Calcutta medical institutions reports 1892-1900
Year: 1892
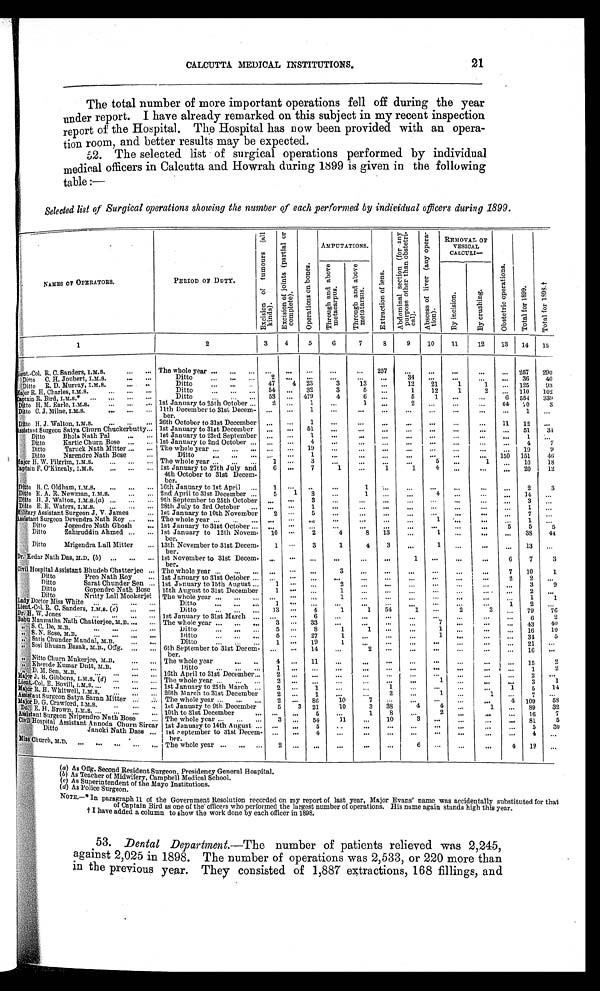
CALCUTTA MEDICAL INSTITUTIONS.
21
The total number of more important operations fell off during the year
under report. I have already remarked on this subject in my recent inspection
report of the Hospital. The Hospital has now been provided with an opera-
tion room, and better results may be expected.
52. The elected list of surgical operations performed by individual
medical officers in Calcutta and Howrah during 1899 is given in the following
table :—
S e l e c t e d l i s t o f S u r g i c a l o p e r a t i o n s s h o w i n g t h e n u m b e r o f e a c h p e r f o r m e d b y i n d i v i d u a l o f f i c e r s d u r i n g 1 8 9 9 .
NAMES OF OPERATORS.
PERIOD OF DUTY.
E x c i s i o n o f t u m o u r s ( a l l k i n d s ) .
E x c i s i o n o f j o i n t s . ( p a r t i a l o f c o m p l e t e ) .
O p e r a t i o n s o n b o n e s .
AMPUTATIONS.
E x t r a c t i o n o f l e n s .
A b d o m i n a l s e c t i o n ( f o r a n y p u r p o s e o t h e r t h a n o b s t e t r i c a l ) .
A b s c e s s o f l i v e r ( a n y o p e r a t i o n s ) .
REMOVAL OF
VESICAL
CALCULI—
O b s t e t r i c o p e r a t i o n s .
T o t a l f o r 1 8 9 9 .
T o t a l f o r 1 8 9 8 . †
T h r o u g h a n d a b o v e m e t a c a r p u s .
T h r o u g h a n d a b o v e m e t a t a r s u s .
B y i n c i s i o n .
By c r u s h i n g .
1
2
3
4
5
6
7
8
9
10
11
12
13 14 15
L i e n t . - C o l . R . C . S a n d e r s , I . M . S . . . . . . .
The whole year
... ...
...
. . .
. . .
. . . ...
... 257
. . .
. . . .
. . .
. . .
... 257 290
Ditto C. H. Joubert, I.M.S. ... ...
Ditto
... ... ...
2
. . .
. . .
. . .
...
...
3 4 ...
. . .
. . . ...
3 6 40
Ditto R. D. Murray, I.M.S.
... ...
Ditto
...
...
4 7
4 23
3
13 ...
1 2 21
1
1 ... 125 93
Major R. H. Charles, I.M.S. ... ... ...
Ditto ... ... ...
5 4 ...
3 2
3
5
. . .
1
1 2
1
2 ...
1 1 0
1 0 2
C a p t a i n R . B i r d , I . M . S . * . . . . . . . . . . . .
Ditto
...
... ...
58 ... 479
4
6 ...
5
1 ...
. . .
6 554 339
Ditto H. M. Earle, I.M.S.
... . . .
. . .
1st January to 25th October ...
2 ...
1
. . .
1 . . .
2
. . . ...
...
6 4
7 0
3
Ditto C. J. Milne, I.M.S.
. . . . . . . . .
11th December to 31st Decem-
ber.
...
. . . 1
...
. . .
. . .
. . .
. . .
. . .
...
...
1 ...
Ditto H. J. Walton, I.M.S.
... ... ...
26th October to 31st December ... ...
1
. . .
. . . ...
...
...
...
...
11 12 ...
Assistant Surgeon Sathya Churn Chuckerbutty ... 1st January to 31st December ...
. . . 51
. . .
. . .
. . .
. . . ...
. . .
...
... 51
3 4
Ditto
Bhola Nath Pal
...
...
1st January to 23rd September
. . .
. . .
1
. . .
. . .
. . .
. . .
. . .
. . .
. . .
. . . 1
. . .
Ditto
Kartic Churn Bose ... ... 1st January to 2nd October ... ...
. . .
4
. . .
. . .
. . .
. . .
. . .
. . .
. . . ...
4 7
D i t t o T a r u c k N a t h M i t t e r . . . . . . Dittos
Taruck Nath Mitter ... ... The whole year ...
... ...
. . .
. . . 19
...
. . . ...
...
. . .
. . . ...
... 19
9
Ditto
Narendro Nath Bose
...
Ditto
... ... . . . ...
. . . 1
. . .
. . .
. . . ...
. . . ...
. . . 150 151
46
M i a j o r H . W . P i l g r i m , I . M . S . . . . . . . . . .
The whole year ... ... ...
1 . . .
3
. . .
...
. . .
. . .
5
. . .
1
. . . 10
18
Captain F. O'Kinealy, I.M.S. ... ...
...
1st January to 27th July and
4th October to 31st Deem-
ber
6 ...
7
1
. . .
1
1
4
. . .
. . .
. . . 20
12
Ditto B. C. Oldham, I.M.S. ... ... ...
16th January to 1st April ...
1
. . .
. . .
. . .
1
. . .
. . .
. . .
. . .
. . .
. . . 2
3
Ditto E. A. R. Newman, I.M.S.
... ... 2nd April to 31st December ...
5
1 3
. . .
1 ...
...
4 ...
. . . ...
1 4
. . .
Ditto H. J. Walton, I.M.S.(a) ... ... ...
9th September to 25th October
. . .
. . .
3
. . .
. . .
. . .
. . .
. . .
. . .
. . .
. . . 3
. . .
Ditto E, E. Waters, I.M.S. ... ... ...
28th July to 3rd October . . .
. . .
. . . 1
. . .
. . .
. . .
. . .
. . .
. . .
. . .
. . .
1
. . .
Military Assistant Surgeon J. V. James
... 1st January to 10th November
2
. . .
5
. . .
. . . ...
. . . ...
. . .
. . .
. . . 7
. . .
Assitant Surgeon Devendra Nath Roy ... ... The whole year ... ... ... ...
. . .
. . .
. . .
. . .
. . .
. . .
1
. . .
. . .
. . . 1
. . .
Ditto
Jogendro Nath Ghosh
... 1st January to 31st October ...
...
. . .
. . .
. . .
. . .
. . .
. . . ...
. . .
. . .
5
5
5
Ditto
Zahiruddin Ahmed ... ... 1st January to 12th Novem-
ber.
1 0 . . .
2
4
8 13
. . .
1
. . .
. . .
. . .
3 8
4 4
Ditto
Mrigendra Lall Mitter
... 13th November to 31st Decem-
ber.
1
. . .
3
1
4
3
. . .
1
. . .
. . .
. . . 13 ...
Dr. Kedar Nath Das, M.D.(b) ... ... ... 1st November to 31st Decem-
ber.
. . .
. . .
. . .
. . .
. . .
. . .
1
. . .
. . .
...
6
7
3
Civil Hospital Assistant Bhudeb Chaterjee ... The whole year...
... ...
...
. . .
. . .
3
. . .
. . .
. . .
. . .
. . .
. . .
7 10
1
Ditto
Preo Nath Roy
... 1st January to 31st October ...
. . .
. . .
...
...
. . .
. . .
. . .
. . .
. . .
2
2 ...
Ditto
Sarat Chunder Sen ... 1st January to 15th August 1
. . . ...
2
...
...
. . .
. . .
. . .
. . .
. . .
3
9
Ditto
Gopendro Nath Bose 15th August to 31st December
1
. . . ...
1
...
...
...
. . .
. . .
. . .
. . .
2
. . .
Ditto
Nritty Lall Mookerjei The whole year ... ...
. . .
. . .
. . . 1
. . . ...
. . . ...
. . .
...
. . .
1
1
lady Doctor Miss White ... ... ...
...
Ditto
... ... ...
1
. . .
. . .
...
...
. . .
...
. . .
. . .
...
1
2 ...
Lieut.-Col. R. C. Sanders, I.M.S.(c) ... ...
Ditto
... . . . . . .
1 3
. . .
4
1
1
5 4
1
. . .
2
3
...
7 9
7 6
Dr. H. W. Jones ... ... ... ...
...
1st January to 31st March ...
...
. . .
6
. . .
. . . ...
...
. . .
. . .
. . .
. . .
6
2
Babu Manmatha Nath Chatterj ee, M.B. ...
...
The whole year ... ... ...
3
. . .
3 3 . . .
. . .
. . .
. . .
7
...
. . .
...
4 3
4 0
,, S. C. De, M.B. ... ... ... ...
Ditto
... ... ...
5
...
8
1
1
. . .
...
1
. . .
. . .
... 16
10
,, S. N. Bose,
M.B. ... ... ... ...
Di t t o . . . . . . . . .
5
. . .
2 7
1
...
. . .
...
1
. . .
. . .
... 34
5
,, Satis Chunder Mandal, M.B.
...
...
Di t t o . . . . . . . . .
1
. . .
1 9
1
...
...
...
...
. . .
. . .
... 21
. . .
, , Sosi Bhusan Basak , M. B. , Of f g. . . . ... 6th September to 31st Decem-
ber.
. . .
...
1 4
...
2
. . .
. . . ...
. . .
. . .
. . .
1 6
. . .
,, Nitto Churn Mukerjee, M.B.
... ...
The whole year
... ..
4
...
1 1 . . .
...
. . .
. . .
. . .
. . .
. . .
. . . 15
2
, , Kher ode Kumar Dut t , M. B. . . . . . . Ditto ... ... ...
1
. . .
. . .
...
...
. . .
. . .
. . .
. . .
. . .
. . .
1
2
, , D . M . S e n , M . B . . . . . . . . . . . . . 16th April to 31st December ...
2
. . .
. . ....
. . .
...
. . .
. . .
. . .
. . .
. . .
2 . . .
Major J. B. Gibbons,
I . M. S. (d) ... ... ...
The whole year ... ... ...
2 ...
. . ....
...
...
. . .
1
...
. . .
. . .
3
1
Lient.-Col. E.Bovill, I.M.S. ... ... ... ...
1st January to 25th March ... 2
...
1
...
...
1 . . .
. . .
. . .
...
1 5
1 4
Major R. H. Whitewell, I.M.S. ... ... ...
26th March to 31st December
2
. . .
1
. . .
. . .
2
. . .
1
. . .
1 . . .
7
. . .
Assistant Surgeon Satya Saran Mittter . . . . . .
The whole year ... ... ...
2
. . .
8 6
10
7
. . .
...
. . .
. . .
. . .
4 109
5 8
Major D. G. Crawford, I.M.S.
... ... ... 1st January to 9th December
5 3
2 1
10
3
38
4
4
. . .
1
. . .
8 9
32
Do. E. H. Brown, I M. S.
... ... ... ...
10th to 31st December ...
...
. . . 5
. . .
1 8
. . .
2
. . .
. . .
. . .
1 6
7
Assitant Surgeon Nripendro Nath Bose ...
The whole year ... ... ...
3
... 5 4
11
...
1 0 3
. . .
. . .
. . .
. . . 8 1
5
Civil Hospital Assistant Annoda Churn Sircar 1st January to 14th August ... ...
. . .
5
. . .
. . .
. . . . . .
. . .
. . .
...
. . . 5
3 0
Ditto
Janoki Nath Dass
...
1st September to 31st Decem-
ber.
. . .
... 4 ...
...
. . . . . .
. . .
. . .
...
. . .
4
. . .
Miss church, M.D. ... ... ... ... ...
The whole year ... ... ...
2
. . .
. . .
...
...
. . .
. . .
6
...
. . .
4
1 2
...
(a) As Offg. Second Resident Surgeon, Presidency General Hospital.
(b) A s T e a c h e r o f M i d w i f e r y , C a m p b e l l M e d i c a l S c h o o l .
(c) As Superintendent of the Mayo Institutions.
(d)As Police Surgeon.
NOTE,—* In paragraph 11 of the Government Resolution recorded on my report of last year, Major Evans' name was accidentally substituted for that
of Captain Bird as one of the' officers who performed the largest number of operations. His name again stands high this year.
† I have added a column to show the work done by each officer in 1898.
53. Dental Department. —The number of patients relieved was 2,245,
against 2,025 in 1898. The number of operations was 2,533, or 220 more than
in the previous year. They consisted of 1,887 extractions, 168 fillings, and